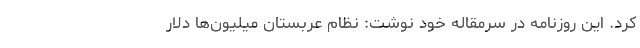
کرد. این روزنامه در سرمقاله خود نوشت: نظام عربستان میلیون‌ها دلار